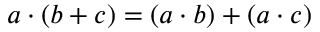
a \cdot ( b + c ) = ( a \cdot b ) + ( a \cdot c )